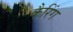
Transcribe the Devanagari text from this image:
कैरिंग